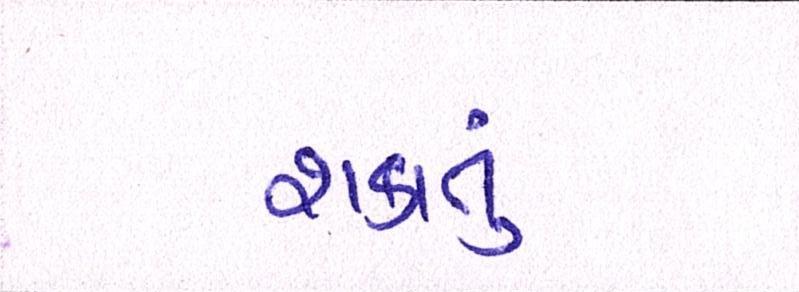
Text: શકાતું